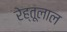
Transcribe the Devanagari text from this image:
रेह्तूलाल